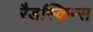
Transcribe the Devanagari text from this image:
रैडस्किन्स